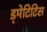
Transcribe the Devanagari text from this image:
ड्मेटिटिस